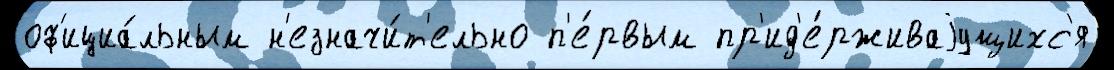
оф'ициа́льным н'езначи́т'ельно п'е́рвым пр'ид'е́рживаjущихс'я